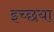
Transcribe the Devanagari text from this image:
इच्छया